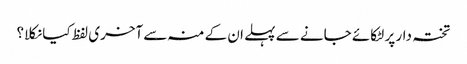
تختہ دار پر لٹکائے جانے سے پہلے ان کے منہ سے آخری لفظ کیا نکلا؟